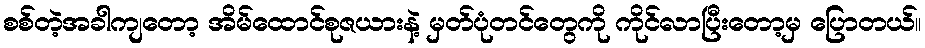
စစ်တဲ့အခါကျတော့ အိမ်ထောင်စုဇယားနဲ့ မှတ်ပုံတင်တွေကို ကိုင်လာပြီးတော့မှ ပြောတယ်။